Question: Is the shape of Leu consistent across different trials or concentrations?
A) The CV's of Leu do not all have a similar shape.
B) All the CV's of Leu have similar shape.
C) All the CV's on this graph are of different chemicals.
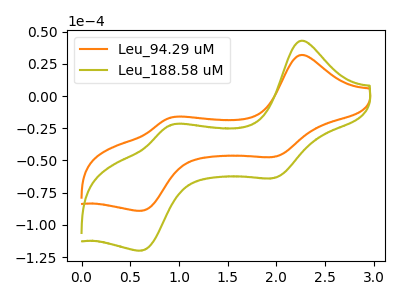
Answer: <think>The orange curve "Leu_94.29 uM" has anodic peaks at (2.25V, 31.70uA) (0.90V, -16.85uA) and cathodic peaks at (2.00V, -47.20uA) (0.60V, -89.05uA). The olive curve "Leu_188.58 uM" has anodic peaks at (2.25V, 42.70uA) (0.90V, -22.65uA) and cathodic peaks at (2.00V, -63.60uA) (0.60V, -119.90uA).
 All the peaks in "Leu_94.29 uM" have a peak in "Leu_188.58 uM" at the same potential.</think>
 <answer>B) All the CV's of "Leu" have similar shape.</answer>
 <eval>B</eval>